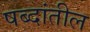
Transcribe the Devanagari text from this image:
षब्दांतील